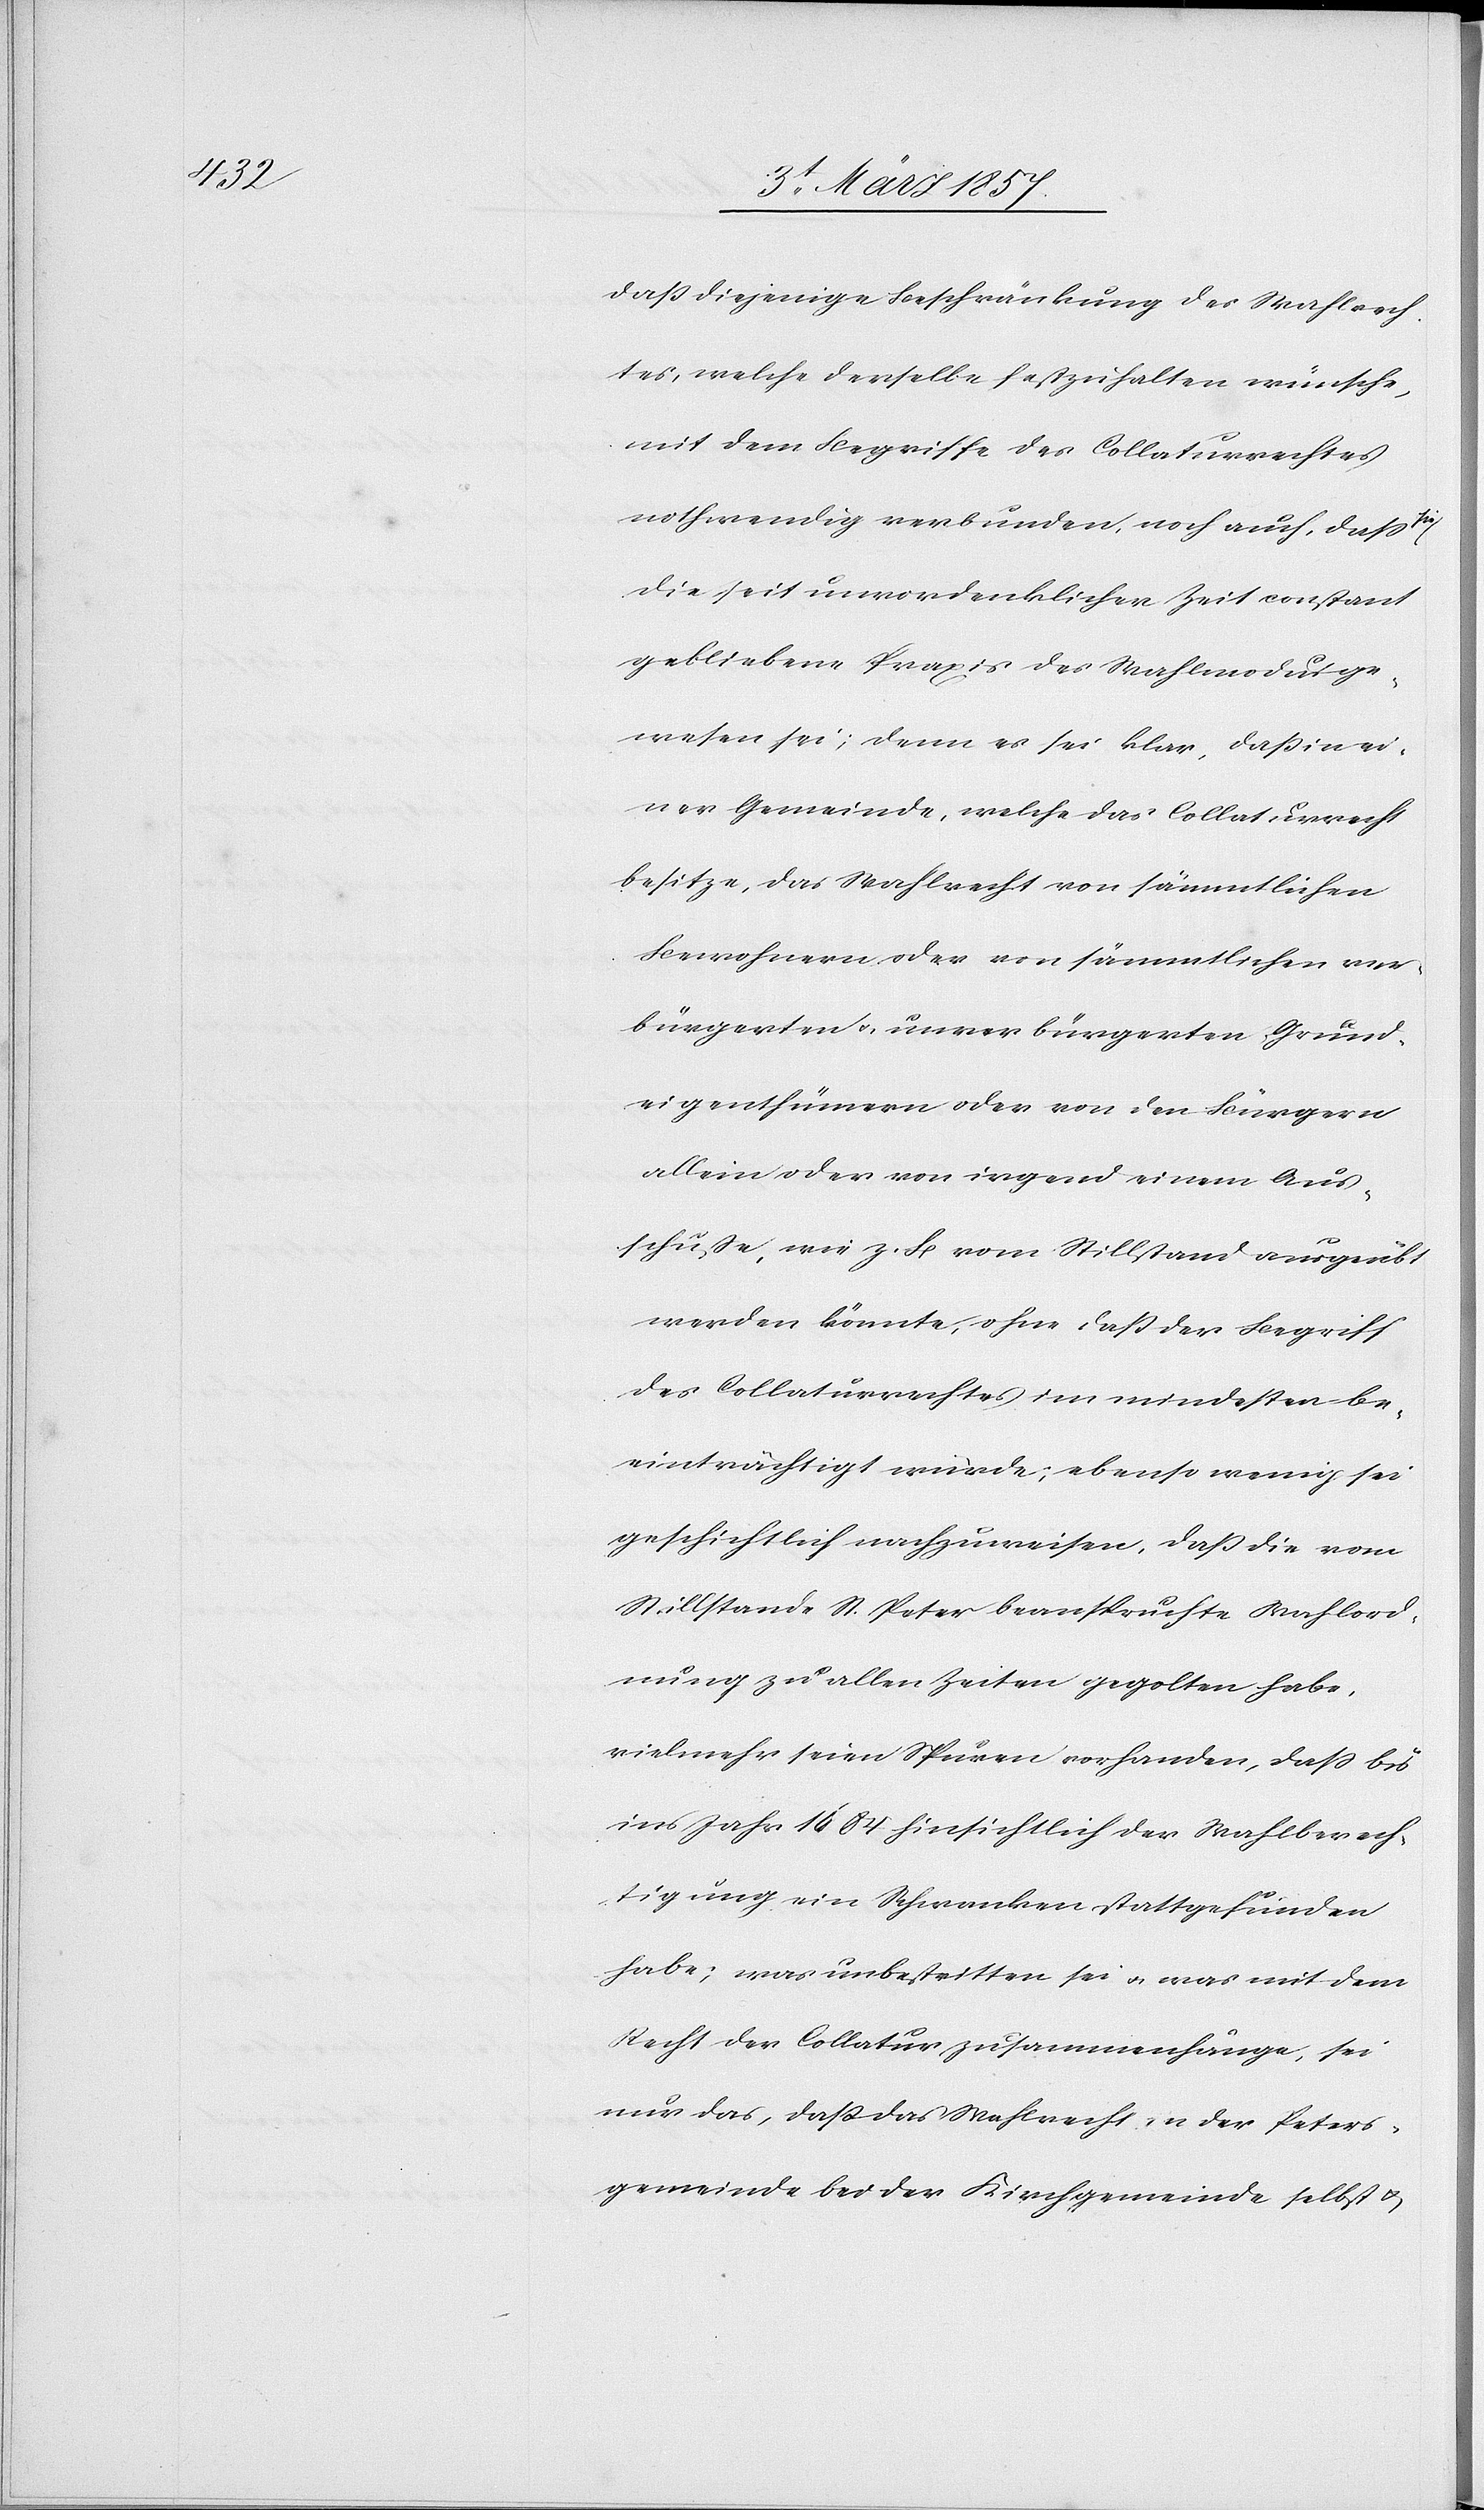
daß diejenige Beschränkung des Wahlrech¬
tes, welche derselbe festzuhalten wünsche,
mit dem Begriffe des Collaturrechtes
nothwendig verbunden, noch auch, daß
die seit unvordenklicher Zeit constant
gebliebene Praxis des Wahlmodus ge¬
wesen sei; denn es sei klar, daß in ei¬
ner Gemeinde, welche das Collaturrecht
besitze, das Wahlrecht von sämmtlichen
Bewohnern oder von sämmtlichen ver¬
bürgerten u. unverbürgerten Grund¬
eigenthümern oder von den Bürgern
allein oder von irgend einem Aus¬
schuße wie z. B vom Stillstand ausgeübt
werden könnte, ohne daß der Begriff
des Collaturrechts im mindesten be¬
einträchtigt würde; ebenso wenig sei
geschichtlich nachzuweisen, daß die vom
Stillstande St. Peter beanspruchte Wahlord¬
nung zu allen Zeiten gegolten habe,
vielmehr seien Spuren vorhanden, daß bis
ins Jahr 1684 hinsichtlich der Wahlberech¬
tigung ein Schwanken stattgefunden
habe; was unbestritten sei u. was mit dem
Recht der Collatur zusammenhänge, sei
nur das, daß das Wahlrecht in der Peters¬
gemeinde bei der Kirchgemeinde selbst u.